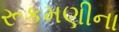
રૂકમણીના